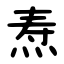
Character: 焘